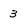
Character: 3